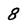
Character: 8